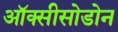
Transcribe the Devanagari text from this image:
ऑक्सीसोडोन